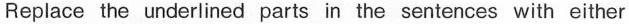
Replace the underlined parts in the sentences with either